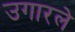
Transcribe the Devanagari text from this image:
उगारले